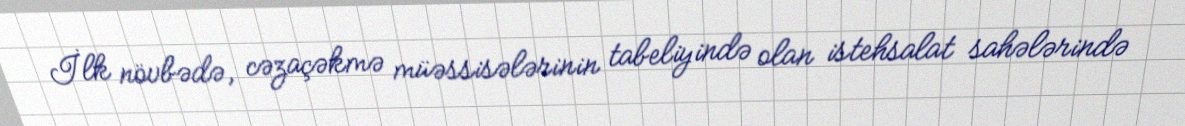
İlk növbədə, cəzaçəkmə müəssisələrinin tabeliyində olan istehsalat sahələrində